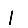
Digit: 1